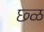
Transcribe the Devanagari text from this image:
छ्ळ